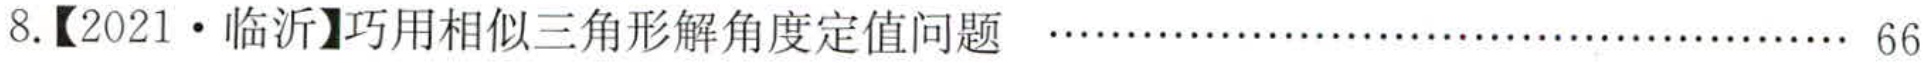
8.【2021·临沂】巧用相似三角形解角度定值问题  …… 66